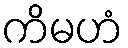
ကိမဟံ